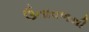
ઉતાવળથી